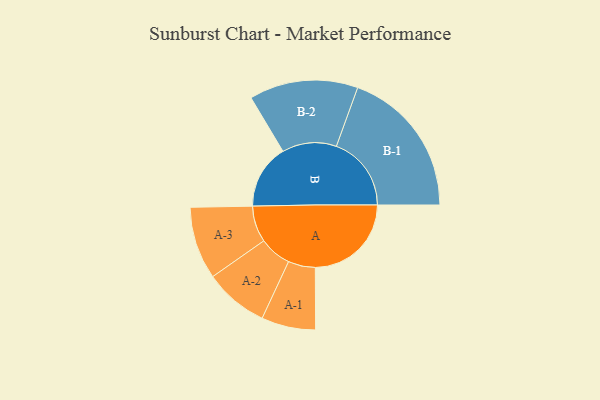
{"axis": {"x": "Segment", "y": "Value"}, "legend": ["", "A", "B"], "data": [{"x": "A", "y": 383, "type": ""}, {"x": "B", "y": 257, "type": ""}, {"x": "A-1", "y": 108, "type": "A"}, {"x": "A-2", "y": 128, "type": "A"}, {"x": "A-3", "y": 145, "type": "A"}, {"x": "B-1", "y": 299, "type": "B"}, {"x": "B-2", "y": 217, "type": "B"}]}